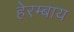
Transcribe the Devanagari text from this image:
हेरम्बाय